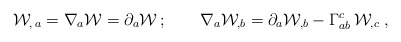
\begin{align*}{\cal W}_{,\,a}=\nabla_a {\cal W}=\partial _a{\cal W}\,;\qquad\nabla_a {\cal W}_{,b}=\partial_a {\cal W}_{,b} -\Gamma^c_{ab} \, {\cal W}_{, c}\;,\end{align*}